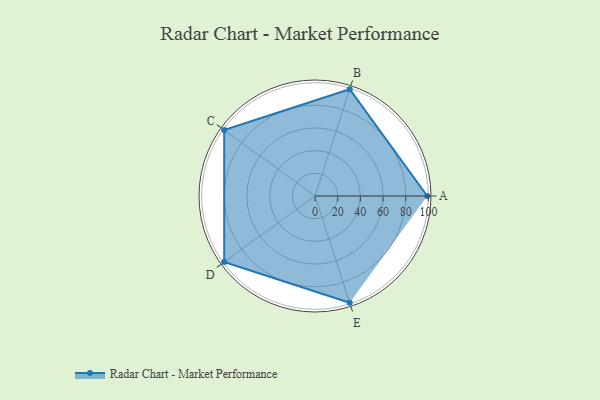
{"axis": {"x": "Skill", "y": "Score"}, "legend": ["Profile"], "data": [{"x": "A", "y": 99, "type": "Profile"}, {"x": "B", "y": 99, "type": "Profile"}, {"x": "C", "y": 99, "type": "Profile"}, {"x": "D", "y": 99, "type": "Profile"}, {"x": "E", "y": 99, "type": "Profile"}]}